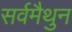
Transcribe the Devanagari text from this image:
सर्वमैथुन